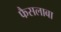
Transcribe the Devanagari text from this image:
फैसलाबा